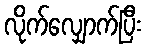
လိုက်လျှောက်ပြီး